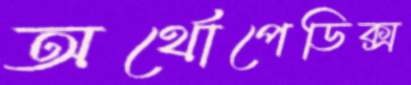
অর্থোপেডিক্স